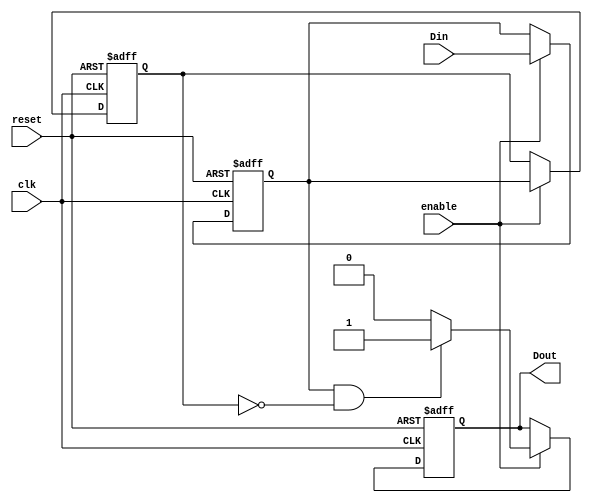
module dual_ff_detector (
    input wire clk,          // Clock signal
    input wire reset,        // Asynchronous reset
    input wire enable,       // Enable signal for detection
    input wire Din,          // Input signal to be monitored
    output reg Dout          // Output signal indicating detection
);

    reg ff1;                 // First flip-flop
    reg ff2;                 // Second flip-flop

    // Flip-flop logic with synchronous behavior
    always @(posedge clk or posedge reset) begin
        if (reset) begin
            ff1 <= 1'b0;     // Reset FF1
            ff2 <= 1'b0;     // Reset FF2
            Dout <= 1'b0;    // Reset output
        end else if (enable) begin
            ff1 <= Din;      // Capture input in FF1
            ff2 <= ff1;      // Capture FF1 output in FF2
            
            // Pattern detection logic (example: detecting rising edge)
            if (ff1 && !ff2) begin
                Dout <= 1'b1; // Indicate detection of rising edge
            end else begin
                Dout <= 1'b0; // No detection
            end
        end
    end

endmodule